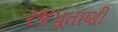
રજપૂતાણી